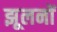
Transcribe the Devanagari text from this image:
झूलनों